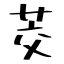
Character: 茭